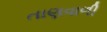
તાણવાળી